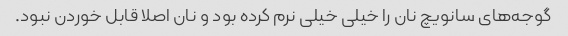
گوجه‌های سانویچ نان را خیلی خیلی نرم کرده بود و نان اصلا قابل خوردن نبود.